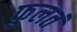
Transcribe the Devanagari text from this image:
फुलतं